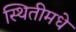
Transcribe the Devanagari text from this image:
स्थितीमधे